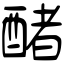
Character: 醏